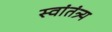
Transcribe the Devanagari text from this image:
स्वांतंत्र्य